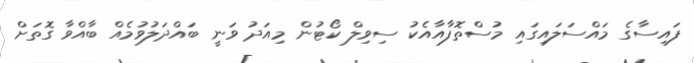
ފައިސާގެ މައްސަލައިގައި މުސްތޮފާއާއެކު ސިވިލް ކޯޓުން މިއަދު ވަނީ ބައްދަލުވުމެއް ބާއްވާ ގޮތަށް